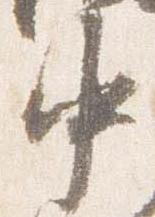
中